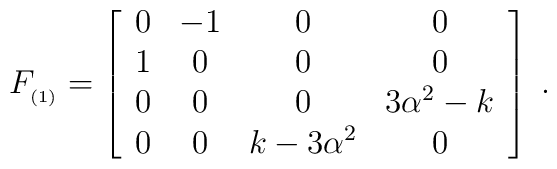
F_{_{(1)}}=\left[\begin{array}{cccc}0 & -1 & 0 & 0 \\1 & 0 & 0 & 0 \\0 & 0 & 0 & 3\alpha ^2-k \\0 & 0 & k-3\alpha ^2 & 0\end{array}\right] \;.